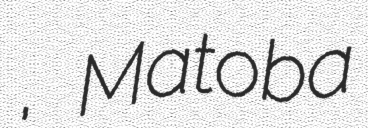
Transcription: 浩司, Matoba